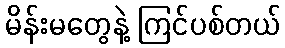
မိန်းမတွေနဲ့ ကြင်ပစ်တယ်